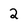
Character: 2